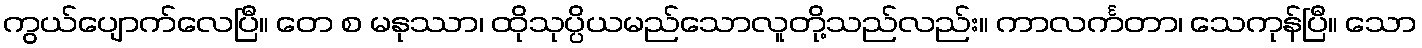
ကွယ်ပျောက်လေပြီ။ တေ စ မနုဿာ၊ ထိုသုပ္ပိယမည်သောလူတို့သည်လည်း။ ကာလင်္ကတာ၊ သေကုန်ပြီ။ သော